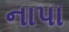
નાપા